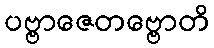
ပဗ္ဗာဇေတဗ္ဗောတိ